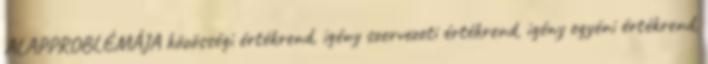
ALAPPROBLÉMÁJA közösségi értékrend, igény szervezeti értékrend, igény egyéni értékrend,